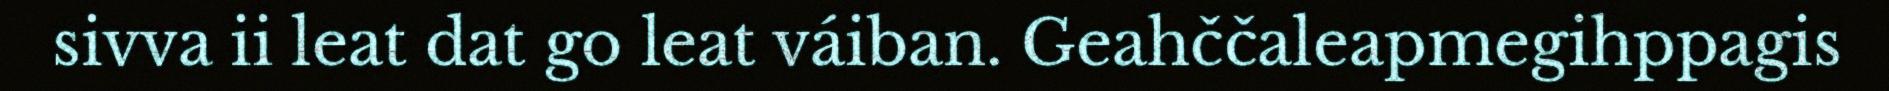
sivva ii leat dat go leat váiban. Geahččaleapmegihppagis